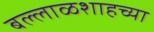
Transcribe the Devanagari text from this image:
बल्लाळशाहच्या